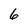
Character: 6